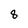
Character: 8